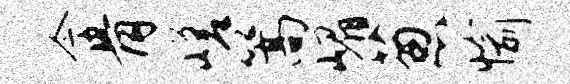
今骨嵯篙嵋葱愉